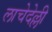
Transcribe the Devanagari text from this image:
लाचेदेल्ली